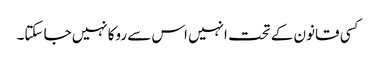
کسی قانون کے تحت انہیں اس سے روکانہیں جا سکتا۔